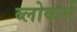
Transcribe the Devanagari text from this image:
ब्लोकर्स